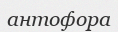
антофора